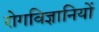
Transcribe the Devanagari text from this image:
रोगविज्ञानियों